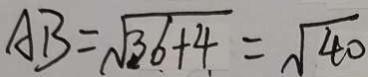
A B = \sqrt { 3 6 + 4 } = \sqrt { 4 0 }